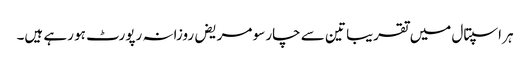
ہر اسپتال میں تقریبا تین سے چار سو مریض روزانہ رپورٹ ہو رہے ہیں۔